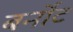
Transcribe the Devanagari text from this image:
बर्नोट